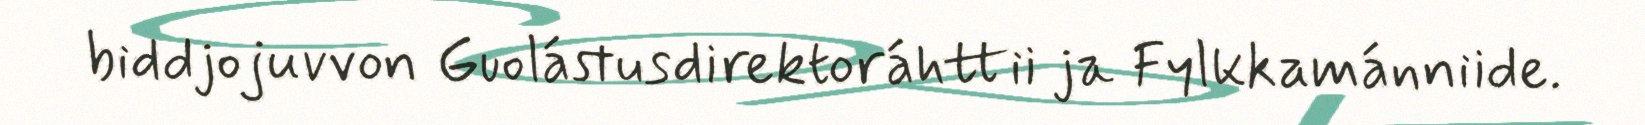
biddjojuvvon Guolástusdirektoráhttii ja Fylkkamánniide.